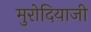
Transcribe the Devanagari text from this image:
मुरोदियाजी